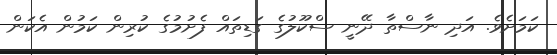
ކަމަށެވެ. އަދި ނާސްތާ ދޭނީ ސްކޫލުގެ ގަޑިތައް ފެށުމުގެ ކުރިން ކަމުން އެކަން